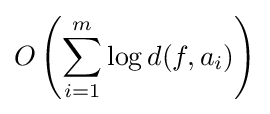
O\left(\sum _{i=1}^{m}\log d(f,a_{i})\right)